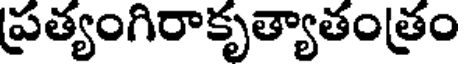
ప్రత్యంగిరాకృత్యాతంత్రం